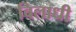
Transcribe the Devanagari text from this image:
विलाधी